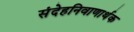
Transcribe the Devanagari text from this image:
संदेहनिवाणार्थक